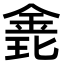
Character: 𨦊